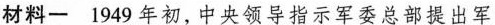
材料-1949年初，中央领导指示军委总部提出军